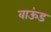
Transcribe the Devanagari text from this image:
वाऊंड